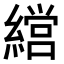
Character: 𮉇